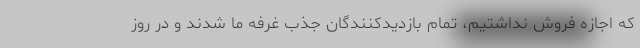
که اجازه فروش نداشتیم، تمام بازدیدکنندگان جذب غرفه ما شدند و در روز